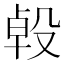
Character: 𣪙